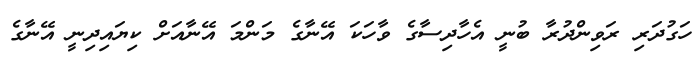
ހަގުދަރި ރަވިންދުރާ ބުނީ އެހާދިސާގެ ވާހަކަ އޭނާގެ މަންމަ އޭނާއަށް ކިޔައިދިނީ އޭނާގެ